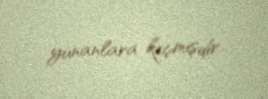
yunanlara keçmişdir.